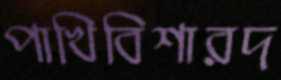
পাখিবিশারদ